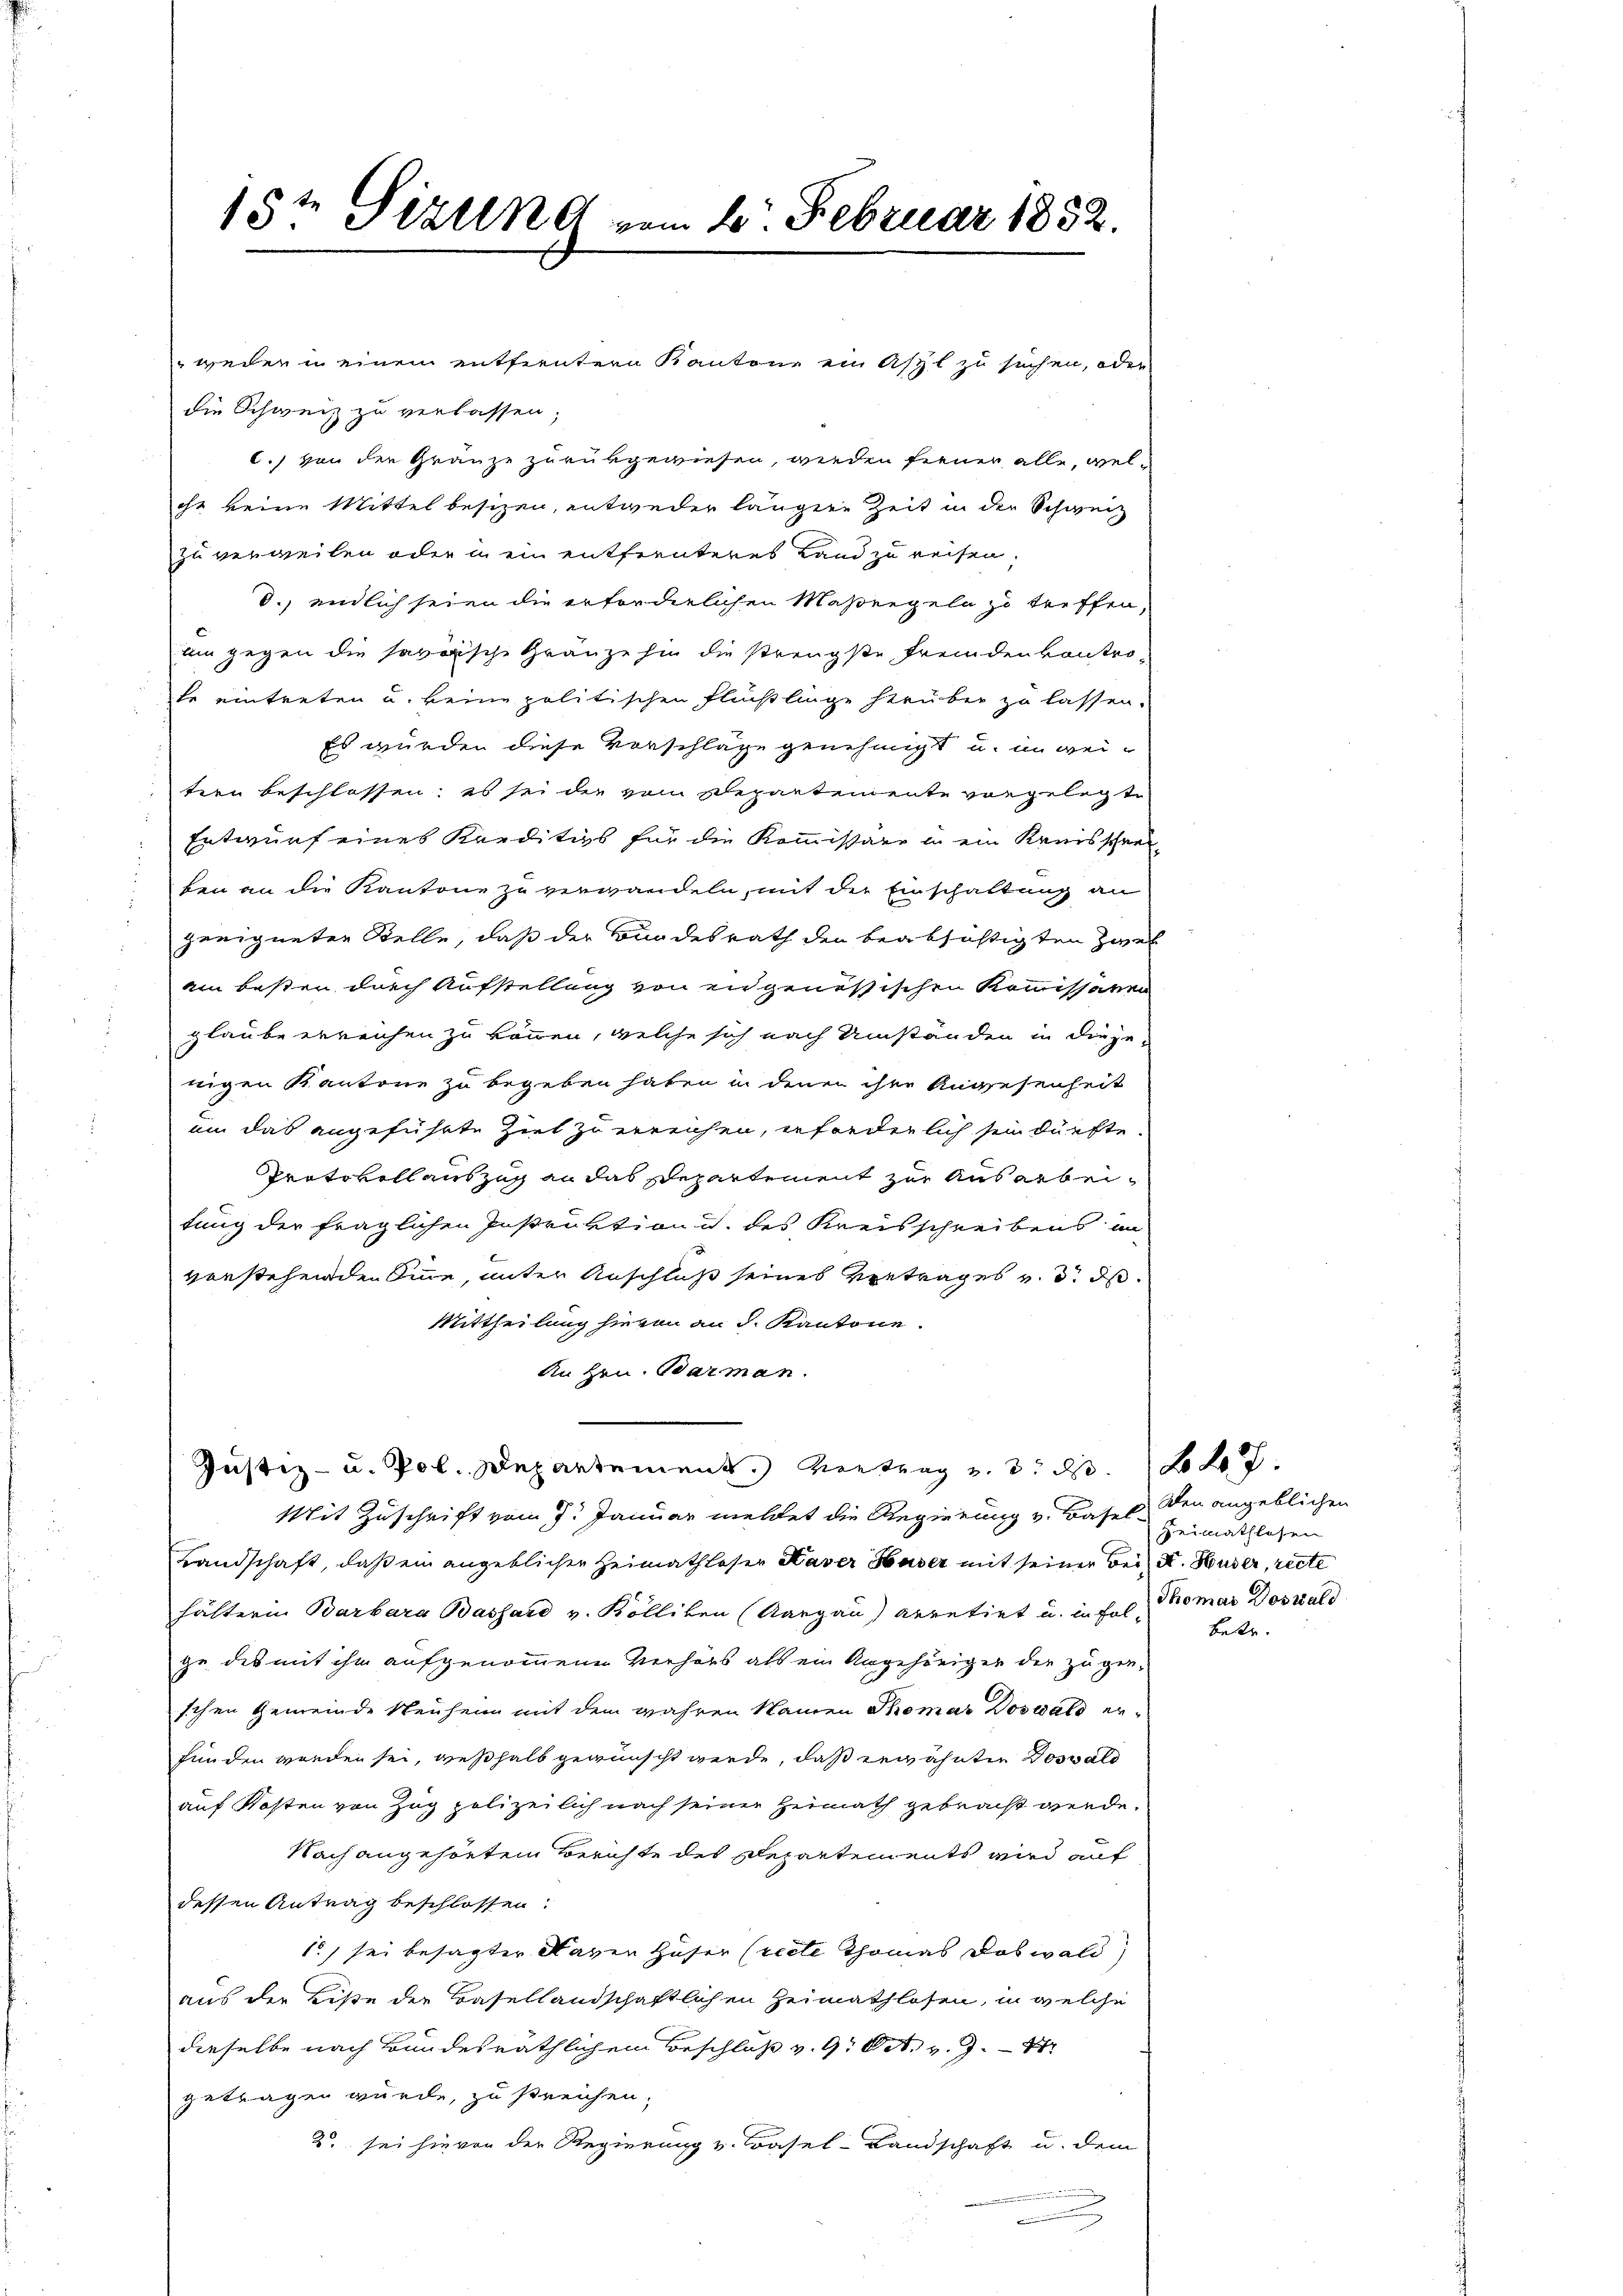
die Schweiz zu verlassen;
6.) von die Gränze zurükgewiesen, werden ferner alle, welihr keine Mittel besizen, entweder längere Zeit in der Schweiz
zu verweilen oder in ein entfernteres Land zu reisen.
d., endlich seien die erforderlichen Maßregeln zu treffen,
Um gegen die savoische Gränze hin die strengste fremden kontrote eintreten u. keine politischen Flüchtlinge herüber zu lassen.
Es wurden diese Vorschläge genehmigt u. im weitern beschlossen; es sei der vom Departemente vorgelegte
Entwurf eines Kreditivs für die Kommissäre in ein Kreisschreifen an die Kantone zu verwandeln, mit der Einschaltung an
geeigneten Stelle, daß der Bundesrath den beabsichtigten Zwei
ain besten durch Aufstellung von en genössischen Kommissaren
glaube erreichen zu können, welche sich nach Umständen in diejenigen Kantone zu begeben haben in denen ihre Anwesenheit
um das angeführte Ziel zu erreichen, erforderlich sein dürfte
Protokoll auszug an das Departement zur Ausarbeitung der fraglichen Instruktion u. des Kreisschreibens in
vorstehenden Sinne, unter Anschluß seines Betrages v. 3. ds
Mittheilung hievon an d. Kantone.
An Hrn. Barman.

15te Sirung vom 2. Februar 1852.

weder in einem entferntern Kantone ein Asyl zu suchen, oder

Mit Zuschrift vom 7. Januar meldet die Regierung v. Basel, den angeblichen
Landschaft, daß ein angeblichen Heimathloser Kaver Huser mit seiner Bei u. Huber, recte
hälterin Barbara Bassard v. Kölliken (Aargau) arretirt u. in Folge des mit ihm aufgenommenen Verhörs als ein Angehöriger die zugenschen Gemeinde Neuheim mit dem wahren Namen Thomas Doswald erfunden worden sei, weßhalb gewünscht werde, daß erwähnten Doswald
auf Kosten von Zug polizeilich nach seiner Heimath gebracht werde.
Nach angehörten Berichte des Repartements wird auf
dessen Antrag beschlossen:
10, sei besagter Naven Huser (recte Thomas Doswald
aus der Bise der Basellandschaftlichen Heimathlosen, in welche
dieselbe nach Bundesräthlichen Beschluß v. 9. Oct. v. J.
getragen wurde, zu streichen,
2 sei hievon der Regierung v. Basel-Landschaft u. dem
.

Justiz- u. Pol. Departement. Vortrag v. 3. d. d.

Heimathlosen
Thomas Doswald
betr.